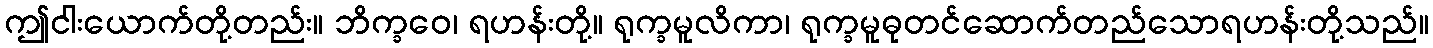
ဤငါးယောက်တို့တည်း။ ဘိက္ခဝေ၊ ရဟန်းတို့။ ရုက္ခမူလိကာ၊ ရုက္ခမူဓုတင်ဆောက်တည်သောရဟန်းတို့သည်။